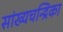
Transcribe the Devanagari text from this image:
सांख्‍यचन्द्रिका